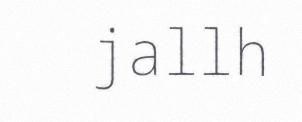
jallh